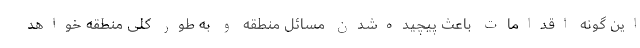
این گونه اقدامات باعث پیچیده‌شدن مسائل منطقه و به طور کلی منطقه خواهد